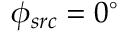
\phi _ { s r c } = 0 ^ { \circ }